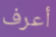
أعرف